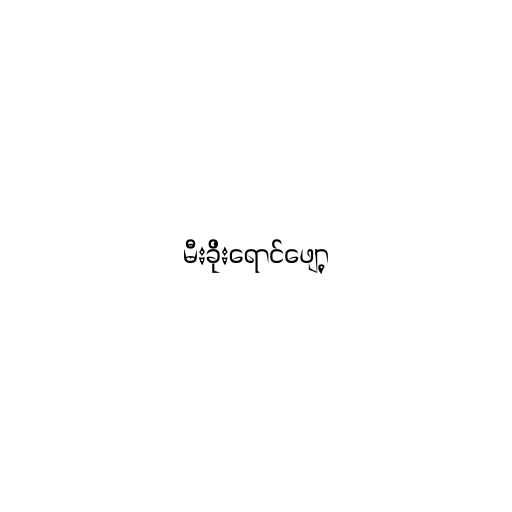
မီးခိုးရောင်ဖျော့